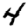
Digit: 4